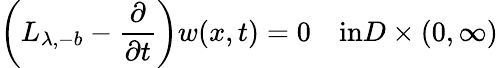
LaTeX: \left(L_{\lambda,-b}-\frac{\partial}{\partial t}\right)w(x,t)=0\quad\textrm{in}D\times(0,\infty)